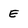
Character: E